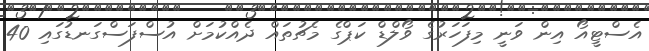
އެސްޓީއޯ އިން ވަނީ މިފަހަރުގެ ވޯލްޑް ކަޕްގެ މެޗުތައް ދެއްކުމަށް އުސްފަސްގަނޑުގައި 40